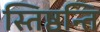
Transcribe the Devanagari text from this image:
स्तिष्ठन्ति